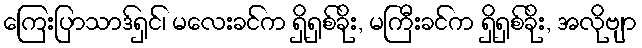
ကြေးပြာသာဒ်ရှင်၊ မလေးခင်က ရှိရှစ်ခိုး, မကြီးခင်က ရှိရှစ်ခိုး, အလိုဗျာ